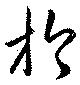
於